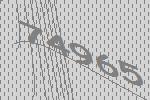
74965